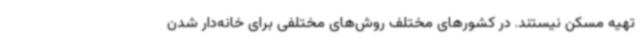
تهیه مسکن نیستند. در کشورهای مختلف روش‌های مختلفی برای خانه‌دار شدن